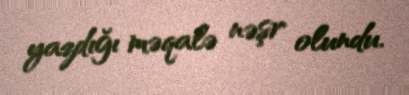
yazdığı məqalə nəşr olundu.